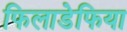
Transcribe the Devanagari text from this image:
फिलाडेफिया